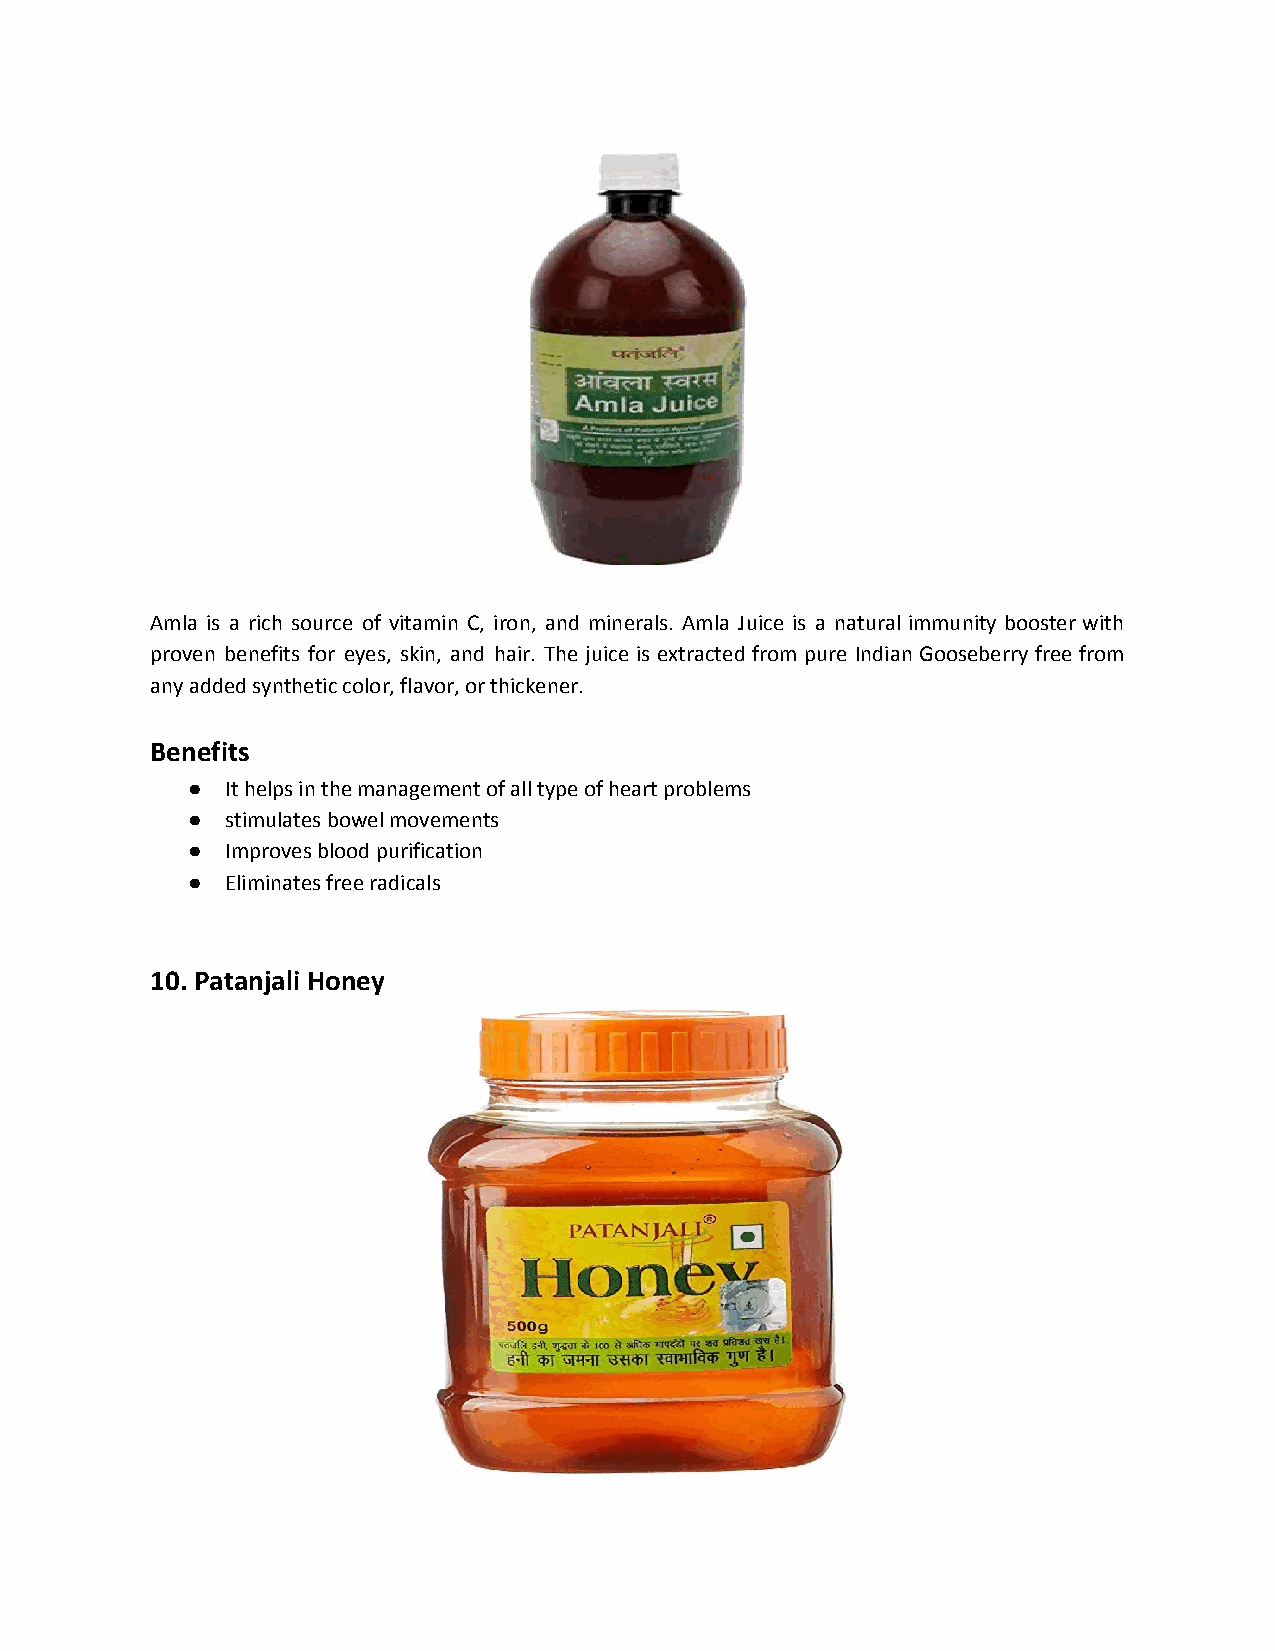
Amla is a rich source of vitamin C, iron, and minerals. Amla Juice is a natural immunity booster with
 proven benefits for eyes, skin, and hair. The juice is extracted from pure Indian Gooseberry free from
 any added synthetic color, flavor, or thickener.
 Benefits
 ●  It helps in the management of all type of heart problems
 ●  stimulates bowel movements
 ●  Improves blood purification
 ●  Eliminates free radicals
 10. Patanjali Honey